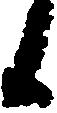
候